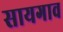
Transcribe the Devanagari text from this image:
सायगाव